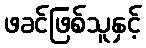
ဖခင်ဖြစ်သူနှင့်